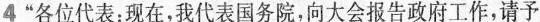
4”各位代表：现在，我代表国务院，向大会报告政府工作，请予